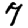
Digit: 7